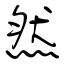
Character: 然